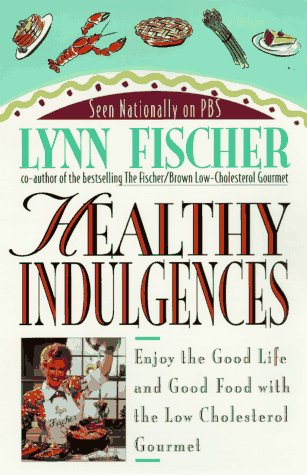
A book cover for Healthy Indulgences: Enjoy the Good Life and Good Food With Low Cholesterol Gourmet; Lynn Fischer; Cookbooks, Food & Wine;